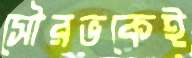
সৌরভকেই